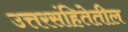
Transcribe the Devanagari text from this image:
उत्तरसंहितेतील